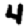
Digit: 4